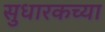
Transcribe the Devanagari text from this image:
सुधारकच्या